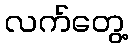
လက်တွေ့